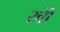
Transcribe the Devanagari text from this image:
खोें